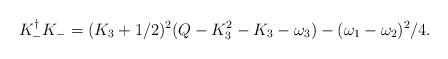
LaTeX: \begin{align*} K_{-}^{\dagger}K_{-}=(K_3+1/2)^2(Q-K_3^2-K_3-\omega_3)-(\omega_1-\omega_2)^2/4.\end{align*}